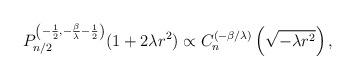
LaTeX: \begin{align*} P_{n/2}^{\left(-\frac{1}{2}, -\frac{\beta}{\lambda} -\frac{1}{2}\right)}(1+2\lambda r^2) \propto C_n^{(-\beta/\lambda)}\left(\sqrt{-\lambda r^2}\right) ,\end{align*}